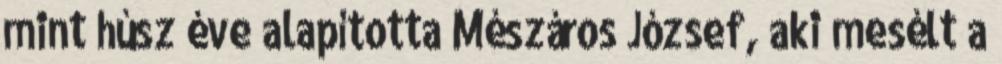
mint húsz éve alapította Mészáros József, aki mesélt a